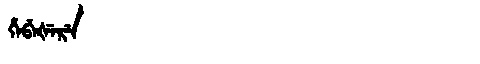
Manchu: ᡥᡝᠪᡝᡧᡝᡵᡝ
Romanization: HEBEŠERE